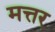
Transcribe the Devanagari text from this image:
मत्तर